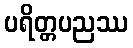
ပရိတ္တပညဿ